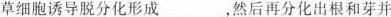
草细胞诱导脱分化形成___，然后再分化出根和芽并\